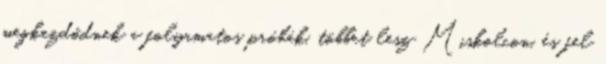
megkezdődnek a folyamatos próbák, többet lesz Miskolcon, és fel